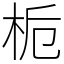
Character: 栀